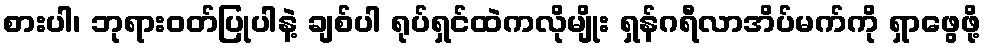
စားပါ၊ ဘုရားဝတ်ပြုပါနဲ့ ချစ်ပါ ရုပ်ရှင်ထဲကလိုမျိုး ရှန်ဂရီလာအိပ်မက်ကို ရှာဖွေဖို့